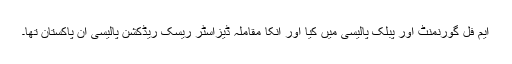
ایم فل گورنمنٹ اور پبلک پالیسی میں کیا اور انکا مقاملہ ڈیزاسٹر ریسک ریڈکشن پالیسی ان پاکستان تھا۔